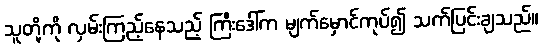
သူတို့ကို လှမ်းကြည့်နေသည့် ကြီးဒေါ်က မျက်မှောင်ကုပ်၍ သက်ပြင်းချသည်။